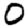
Digit: 0